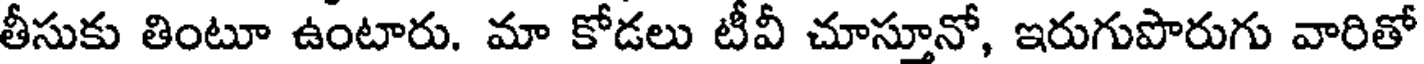
తీసుకు తింటూ ఉంటారు. మా కోడలు టీవీ చూస్తూనో, ఇరుగుపొరుగు వారితో